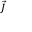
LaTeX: \scriptstyle { \vec { J } }